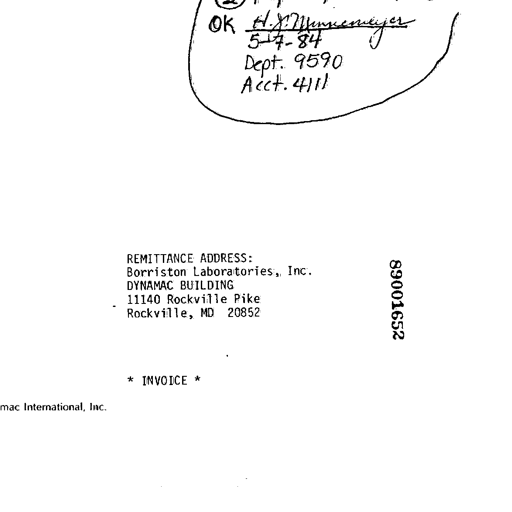
Transcript:
OK H. J. Munkemeyer
5-17-84
Dept. 9590
Acct. 4111

REMITTANCE ADDRESS:
Borriston Laboratories, Inc.
DYNAMAC BUILDING
11140 Rockville Pike
Rockville, MD 20852

89001652

* INVOICE *

mac International, Inc.